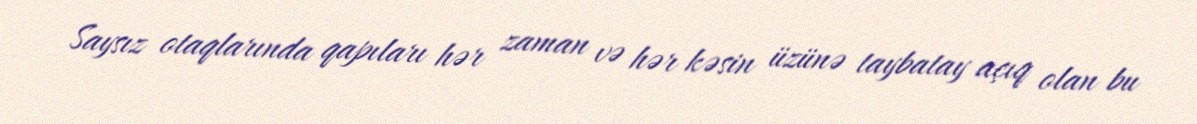
Saysız otaqlarında qapıları hər zaman və hər kəsin üzünə taybatay açıq olan bu